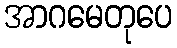
အာဂမေတုပေ